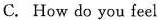
C. How do you feel